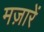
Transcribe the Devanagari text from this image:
मज़ारें